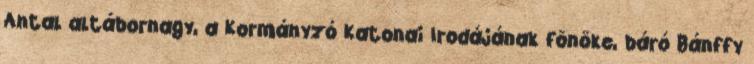
Antal altábornagy, a Kormányzó Katonai Irodájának fõnöke, báró Bánffy